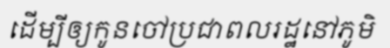
ដើម្បីឲ្យកូនចៅប្រជាពលរដ្ឋនៅភូមិ